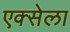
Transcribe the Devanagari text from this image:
एक्सेला